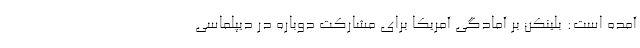
آمده است: بلینکن بر آمادگی آمریکا برای مشارکت دوباره در دیپلماسی